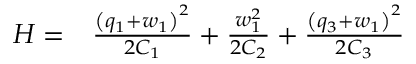
\begin{array} { r l } { H = } & { { } \frac { { \left( q _ { 1 } + w _ { 1 } \right) } ^ { 2 } } { 2 C _ { 1 } } + \frac { w _ { 1 } ^ { 2 } } { 2 C _ { 2 } } + \frac { { \left( q _ { 3 } + w _ { 1 } \right) } ^ { 2 } } { 2 C _ { 3 } } } \end{array}